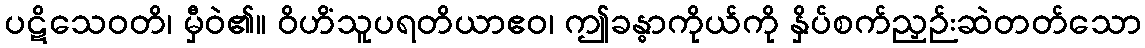
ပဋိသေဝတိ၊ မှီဝဲ၏။ ဝိဟိံသူပရတိယာဧဝ၊ ဤခန္ဓာကိုယ်ကို နှိပ်စက်ညှဉ်းဆဲတတ်သော